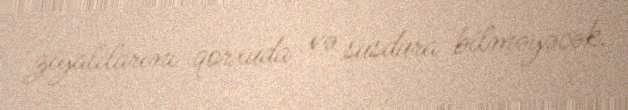
ziyalılarını qorxuda və susdura bilməyəcək.